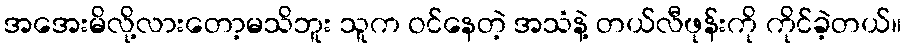
အအေးမိလို့လားတော့မသိဘူး သူက ဝင်နေတဲ့ အသံနဲ့ တယ်လီဖုန်းကို ကိုင်ခဲ့တယ်။